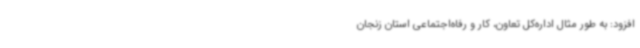
افزود: به طور مثال اداره‌کل تعاون، کار و رفاه‌اجتماعی استان زنجان